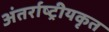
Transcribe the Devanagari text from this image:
अंतर्राष्ट्रीयकृत